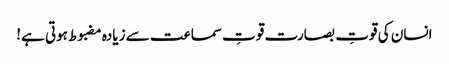
﻿ انسان کی قوتِ بصارت قوتِ سماعت سے زیادہ مضبوط ہوتی ہے!